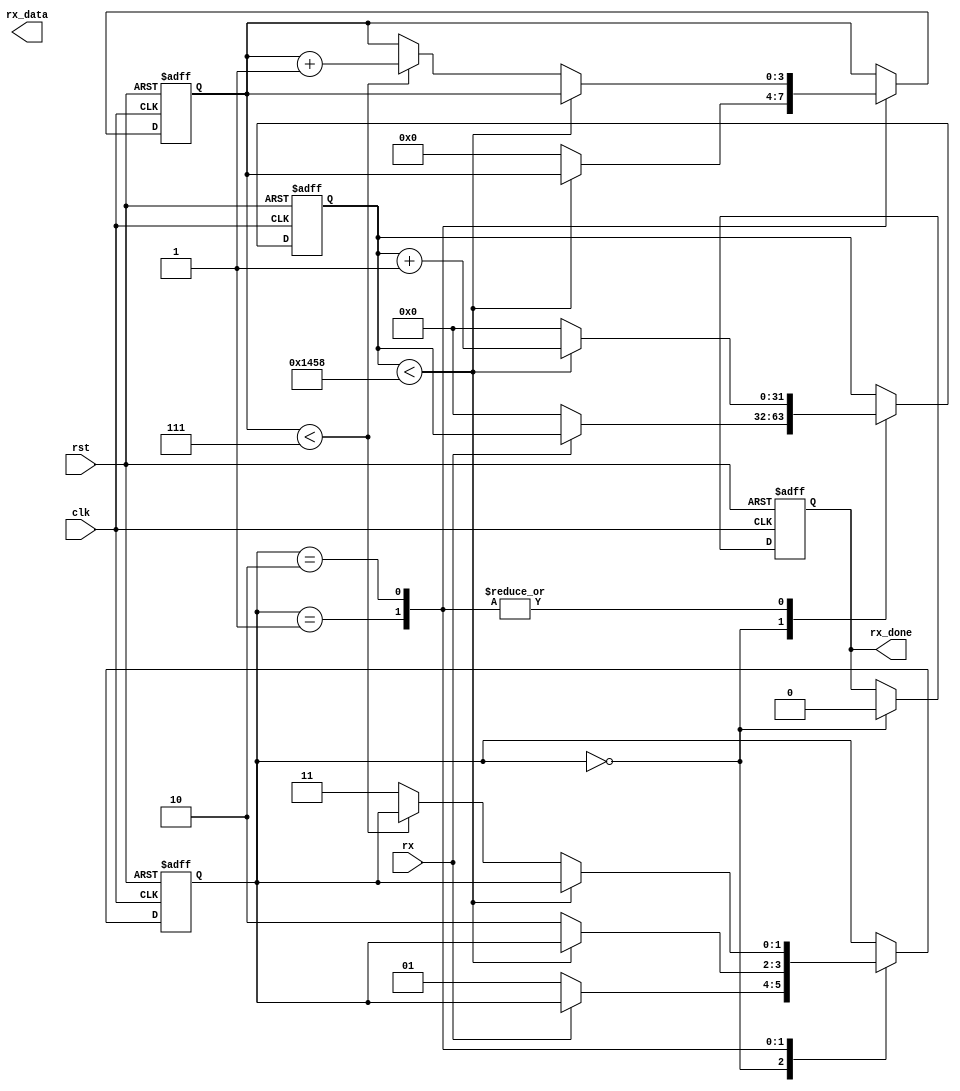
`timescale 1ns/1ps

module uart_rx(
    input wire clk,
    input wire rst,
    input wire rx,
    output reg[7:0] rx_data,
    output reg rx_done
);

    parameter CLK_FREQ = 50000000;
    parameter BAUD_RATE = 9600;

    localparam BAUD_DIV = CLK_FREQ / BAUD_RATE;
    localparam MID_BAUD_DIV = BAUD_DIV / 2;
    localparam IDLE = 0, START = 1, DATA = 2, STOP = 3;

    reg[31:0] baud_cnt;
    reg[3:0] bit_cnt;
    reg[7:0] shift_reg;
    reg[1:0] state;

    always @(posedge clk or posedge rst) begin
        if (rst) begin
            rx_done <= 1'b0;
            state <= IDLE;
            baud_cnt <= 0;
            bit_cnt <= 0;
            shift_reg <= 0;
        end else begin
            case (state)
                IDLE: begin
                    rx_done <= 1'b0;
                    if(!rx) begin
                        state <= START;
                        baud_cnt <= 0;
                    end
                end
                START: begin
                    if(baud_cnt < BAUD_DIV) begin
                        baud_cnt <= baud_cnt + 1;
                    end else begin
                        baud_cnt <= 0;
                        state <= DATA;
                        bit_cnt <= 0;
                    end
                end
                DATA: begin
                    if(baud_cnt < BAUD_DIV) begin
                        baud_cnt <= baud_cnt + 1;
                    end else begin
                        baud_cnt <= 0;
                        shift_reg <= {rx, shift_reg[7:1]};
                        if(bit_cnt < 7) begin
                            bit_cnt <= bit_cnt + 1;
                        end else begin
                            state <= STOP;
                        end
                    end
                end
            endcase
        end
    end
endmodule